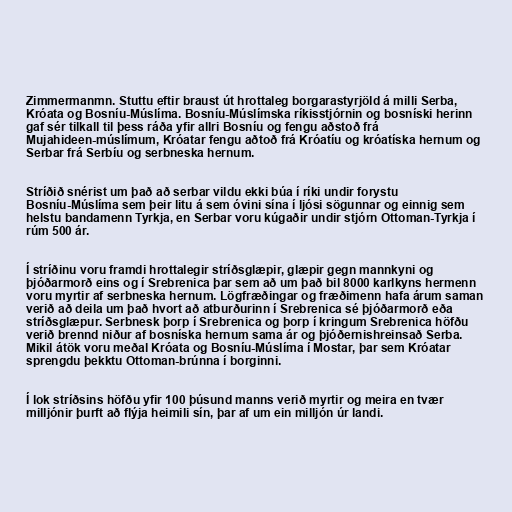
Zimmermanmn. Stuttu eftir braust út hrottaleg borgarastyrjöld á milli Serba,
Króata og Bosníu-Múslíma. Bosníu-Múslímska ríkisstjórnin og bosníski herinn
gaf sér tilkall til þess ráða yfir allri Bosníu og fengu aðstoð frá
Mujahideen-múslímum, Króatar fengu aðtoð frá Króatíu og króatíska hernum og
Serbar frá Serbíu og serbneska hernum.

Stríðið snérist um það að serbar vildu ekki búa í ríki undir forystu
Bosníu-Múslíma sem þeir litu á sem óvini sína í ljósi sögunnar og einnig sem
helstu bandamenn Tyrkja, en Serbar voru kúgaðir undir stjórn Ottoman-Tyrkja í
rúm 500 ár.

Í stríðinu voru framdi hrottalegir stríðsglæpir, glæpir gegn mannkyni og
þjóðarmorð eins og í Srebrenica þar sem að um það bil 8000 karlkyns hermenn
voru myrtir af serbneska hernum. Lögfræðingar og fræðimenn hafa árum saman
verið að deila um það hvort að atburðurinn í Srebrenica sé þjóðarmorð eða
stríðsglæpur. Serbnesk þorp í Srebrenica og þorp í kringum Srebrenica höfðu
verið brennd niður af bosníska hernum sama ár og þjóðernishreinsað Serba.
Mikil átök voru meðal Króata og Bosníu-Múslíma í Mostar, þar sem Króatar
sprengdu þekktu Ottoman-brúnna í borginni.

Í lok stríðsins höfðu yfir 100 þúsund manns verið myrtir og meira en tvær
milljónir þurft að flýja heimili sín, þar af um ein milljón úr landi.